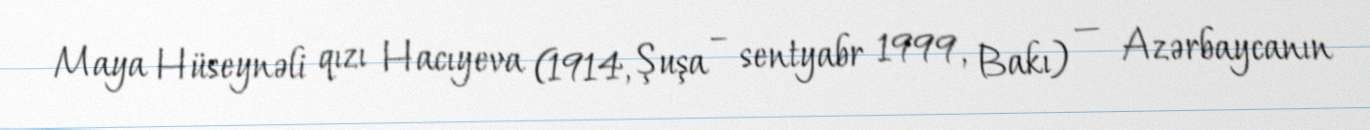
Maya Hüseynəli qızı Hacıyeva (1914, Şuşa – sentyabr 1999, Bakı) — Azərbaycanın